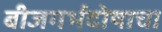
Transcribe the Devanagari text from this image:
बीजगर्भदोषाचा